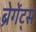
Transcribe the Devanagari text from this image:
ब्रेगेंट्स